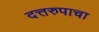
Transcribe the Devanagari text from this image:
दत्तरुपाचा